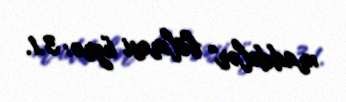
maddələr" bölməsi üzrə: 3.1.